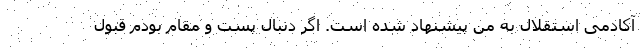
آکادمی استقلال به من پیشنهاد شده است. اگر دنبال پست و مقام بودم قبول